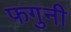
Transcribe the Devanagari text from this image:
फगुनी